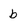
Character: b